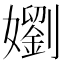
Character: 嬼